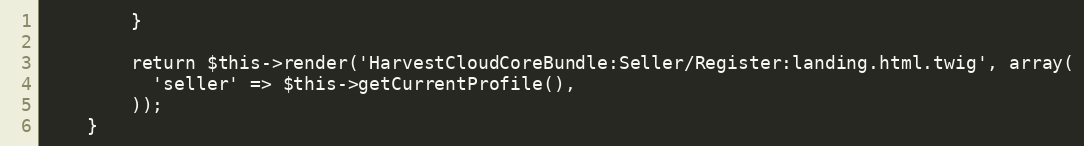
Language: PHP
        }

        return $this->render('HarvestCloudCoreBundle:Seller/Register:landing.html.twig', array(
          'seller' => $this->getCurrentProfile(),
        ));
    }